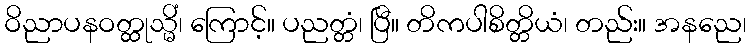
ဝိညာပနဝတ္ထုသ္မိံ၊ ကြောင့်။ ပညတ္တံ၊ ပြီ။ တိကပါစိတ္တိယံ၊ တည်း။ အနညေ၊